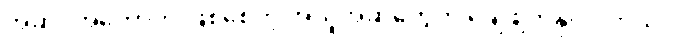
အဆိပ်အတောက် ဖြစ်စေတဲ့ အယူအဆတွေကို ချေဖျက်နိုင်ပါတယ်။